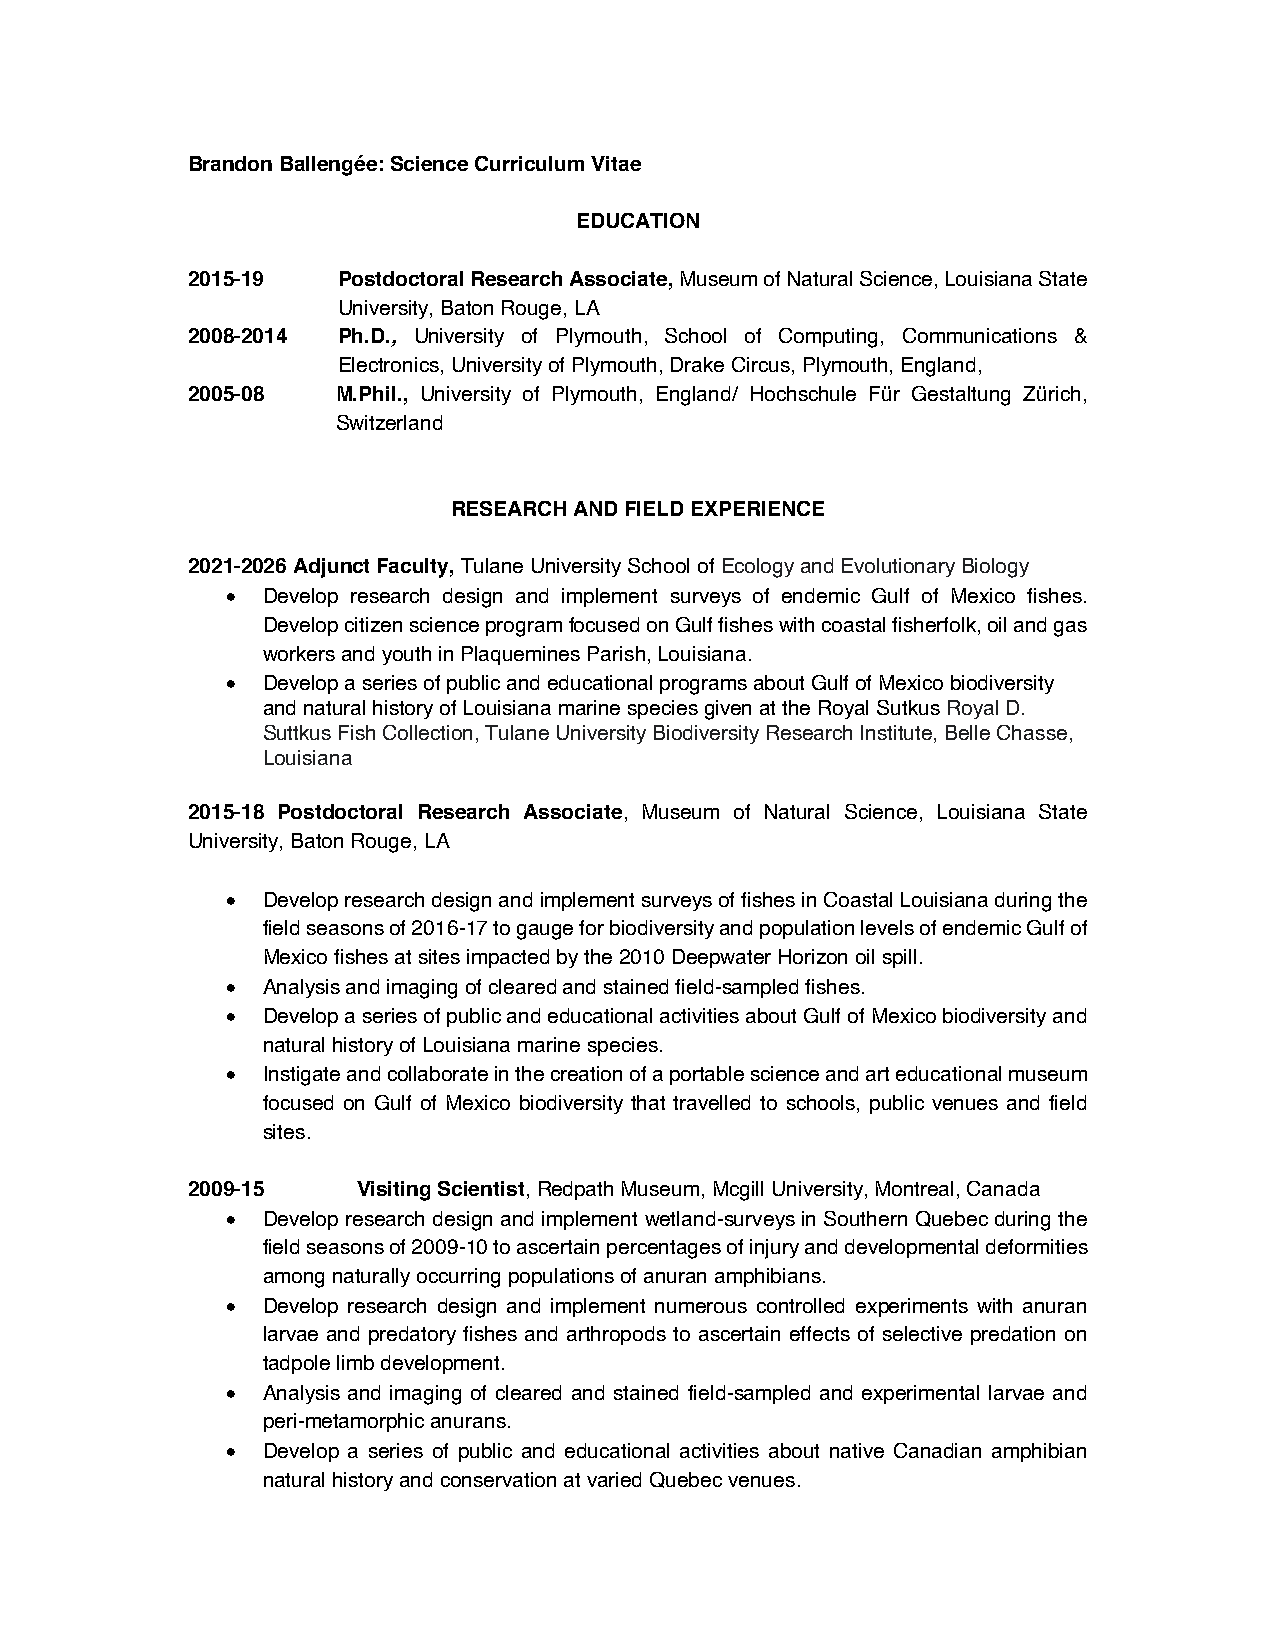
Brandon Ballengée: Science Curriculum Vitae
 EDUCATION
 2015-19   Postdoctoral Research Associate, Museum of Natural Science, Louisiana State
 University, Baton Rouge, LA
 2008-2014 Ph.D., University of Plymouth, School of Computing, Communications &
 Electronics, University of Plymouth, Drake Circus, Plymouth, England,
 2005-08   M.Phil., University of Plymouth, England/ Hochschule Für Gestaltung Zürich,
 Switzerland
 RESEARCH AND FIELD EXPERIENCE
 2021-2026 Adjunct Faculty, Tulane University School of Ecology and Evolutionary Biology
 • Develop research design and implement surveys of endemic Gulf of Mexico fishes.
 Develop citizen science program focused on Gulf fishes with coastal fisherfolk, oil and gas
 workers and youth in Plaquemines Parish, Louisiana.
 • Develop a series of public and educational programs about Gulf of Mexico biodiversity
 and natural history of Louisiana marine species given at the Royal Sutkus Royal D.
 Suttkus Fish Collection, Tulane University Biodiversity Research Institute, Belle Chasse,
 Louisiana
 2015-18 Postdoctoral Research Associate, Museum of Natural Science, Louisiana State
 University, Baton Rouge, LA
 • Develop research design and implement surveys of fishes in Coastal Louisiana during the
 field seasons of 2016-17 to gauge for biodiversity and population levels of endemic Gulf of
 Mexico fishes at sites impacted by the 2010 Deepwater Horizon oil spill.
 • Analysis and imaging of cleared and stained field-sampled fishes.
 • Develop a series of public and educational activities about Gulf of Mexico biodiversity and
 natural history of Louisiana marine species.
 • Instigate and collaborate in the creation of a portable science and art educational museum
 focused on Gulf of Mexico biodiversity that travelled to schools, public venues and field
 sites.
 2009-15     Visiting Scientist, Redpath Museum, Mcgill University, Montreal, Canada
 • Develop research design and implement wetland-surveys in Southern Quebec during the
 field seasons of 2009-10 to ascertain percentages of injury and developmental deformities
 among naturally occurring populations of anuran amphibians.
 • Develop research design and implement numerous controlled experiments with anuran
 larvae and predatory fishes and arthropods to ascertain effects of selective predation on
 tadpole limb development.
 • Analysis and imaging of cleared and stained field-sampled and experimental larvae and
 peri-metamorphic anurans.
 • Develop a series of public and educational activities about native Canadian amphibian
 natural history and conservation at varied Quebec venues.